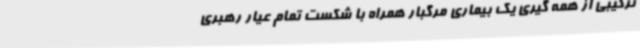
ترکیبی از همه گیری یک بیماری مرگبار همراه با شکست تمام عیار رهبری